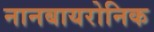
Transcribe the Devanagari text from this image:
नानबायरोनिक